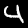
Digit: 4